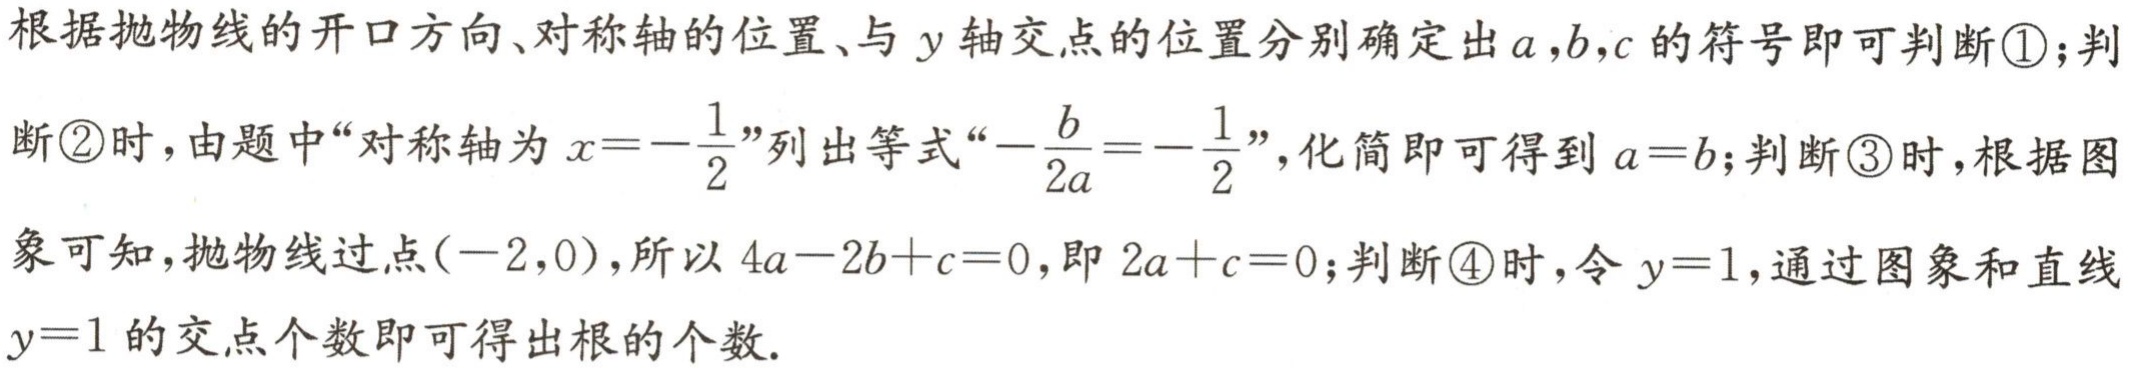
根据抛物线的开口方向、对称轴的位置、与 \(y\) 轴交点的位置分别确定出 \(a,b,c\) 的符号即可判断\textcircled{1}；判断\textcircled{2}时，由题中“对称轴为 \(x = -\frac{1}{2}\)”列出等式“\(-\frac{b}{2a}=-\frac{1}{2}\)”，化简即可得到 \(a = b\)；判断\textcircled{3}时，根据图象可知，抛物线过点\((-2,0)\)，所以 \(4a - 2b + c = 0\)，即 \(2a + c = 0\)；判断\textcircled{4}时，令 \(y = 1\)，通过图象和直线 \(y = 1\) 的交点个数即可得出根的个数.